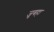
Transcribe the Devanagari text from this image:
जुबहा